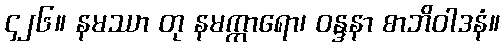
၄၂၆။ နမဿာ တု နမက္ကာရော၊ ဝန္ဒနာ စာဘိဝါဒနံ။